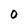
Character: 0